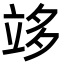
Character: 䇋